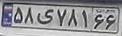
۵۸ی۷۸۱۶۶